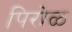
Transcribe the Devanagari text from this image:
पिरोळ